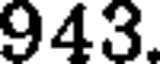
943.